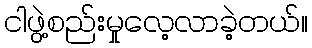
ငါဖွဲ့စည်းမှုလေ့လာခဲ့တယ်။